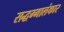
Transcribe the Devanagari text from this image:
सद्धम्मालंकार